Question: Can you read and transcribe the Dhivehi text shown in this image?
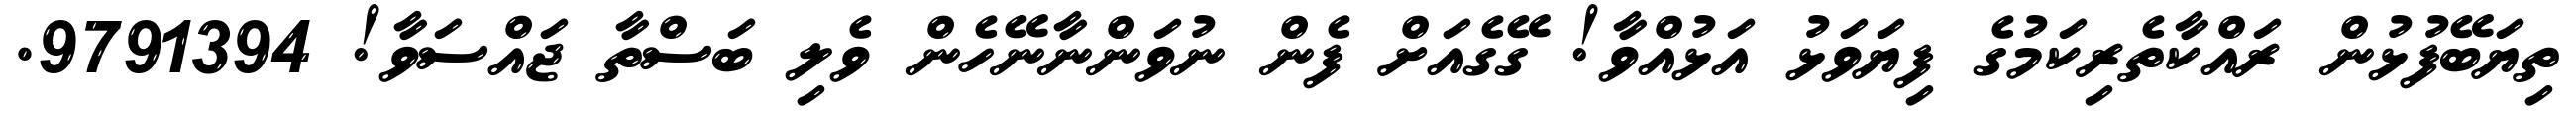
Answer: ތިޔަބޭފުޅުން ރައްކާތެރިކަމުގެ ފިޔަވަޅު އަޅުއްވާ! ގޭގެއަށް ފެން ނުވަންނާނޭހެން ވެލި ބަސްތާ ޖައްސަވާ! 9791394.